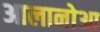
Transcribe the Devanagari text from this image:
आलानोआ